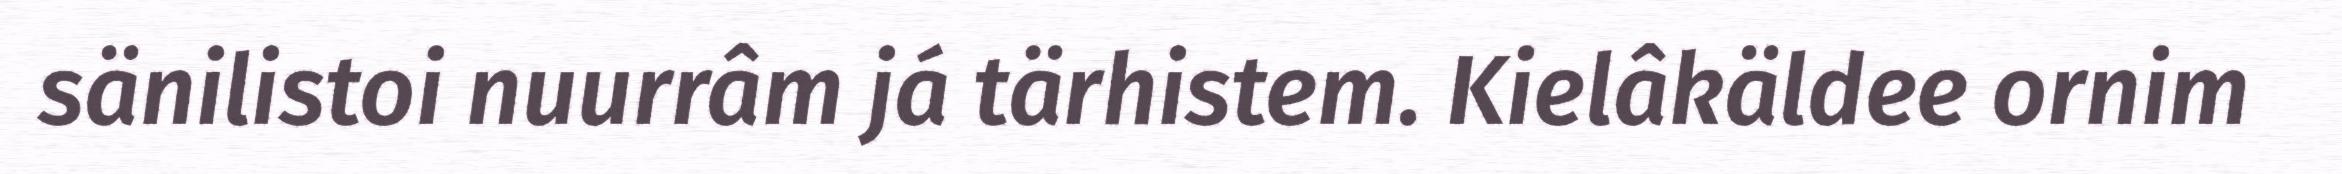
sänilistoi nuurrâm já tärhistem. Kielâkäldee ornim